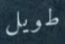
طويل